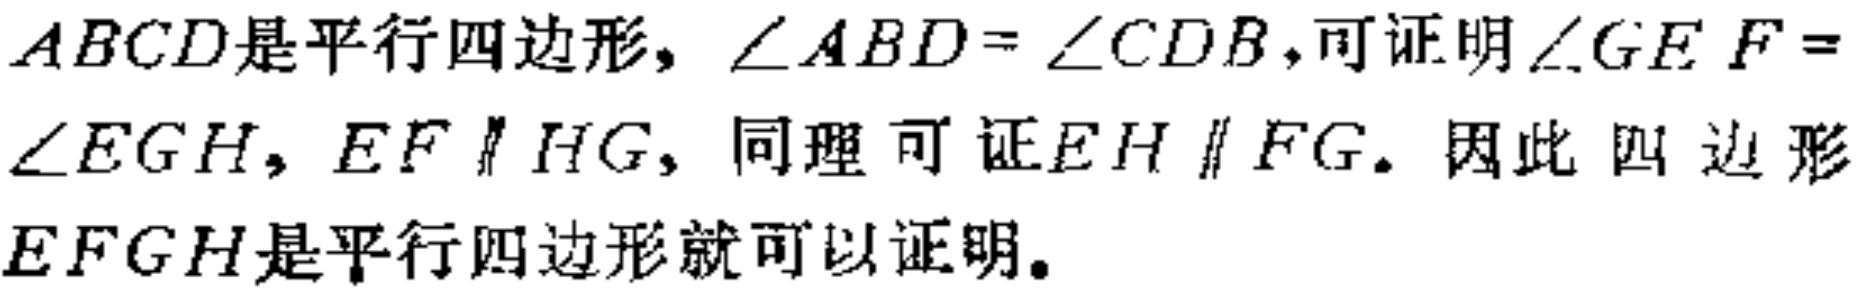
$ABCD是平行四边形, \angle ABD = \angle CDB, 可证明\angle GEF = \angle EGH, EF\parallel HG, 同理可证EH\parallel FG. 因此四边形EFGH是平行四边形就可以证明.$